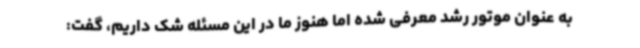
به عنوان موتور رشد معرفی شده اما هنوز ما در این مسئله شک داریم، گفت: